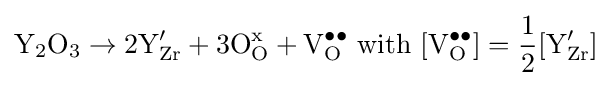
{\text{Y}}_{2}{\text{O}}_{3}\to 2{\text{Y}}_{\text{Zr}}'+3{\text{O}}_{\text{O}}^{\text{x}}+{\text{V}}_{\text{O}}^{\bullet \bullet }{\text{ with }}[{\text{V}}_{\text{O}}^{\bullet \bullet }]={\frac {1}{2}}[{\text{Y}}_{\text{Zr}}']